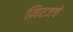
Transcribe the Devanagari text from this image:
मिरजचे